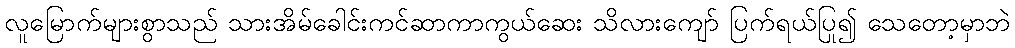
လူမြောက်များစွာသည် သားအိမ်ခေါင်းကင်ဆာကာကွယ်ဆေး သိလားကျော် ပြက်ရယ်ပြု၍ သေတော့မှာဘဲ